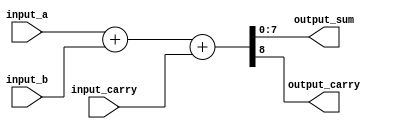
module full_add
    #(parameter N = 8)
        (
            input_a,
            input_b,
            input_carry,
            output_sum,
            output_carry 
        );

    //-------- Input ports --------
    input wire [N-1 : 0] input_a;
    input wire [N-1 : 0] input_b;
    input wire input_carry;

    //-------- Output ports --------
    output wire [N-1 : 0] output_sum;
    output wire output_carry;

    assign { output_carry, output_sum } = input_a + input_b + input_carry;

endmodule